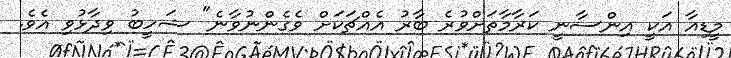
މީޑިއާ އަކީ އިންސާނީ ކަރާމާތަށްވުރެ ބާރު އެއްޗަކަށް ވެގެންނުވާނެ" ޝަހީބު ވިދާޅުވި އެވެ.